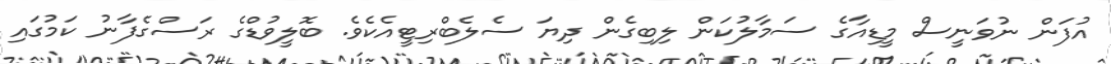
އުފަން ނުވަނީސް މީޑިއާގެ ސަމާލުކަން ލިބިގެން ދިޔަ ސެލެބްރިޓީއެކެވެ. ބޮލީވުޑްގެ ރަސްގެފާނު ކަމުގައި